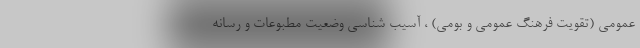
عمومی (تقویت فرهنگ عمومی و بومی) ، آسیب شناسی وضعیت مطبوعات و رسانه